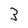
Character: 3